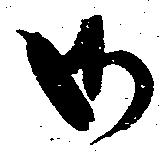
御